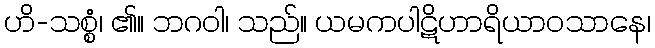
ဟိ-သစ္စံ၊ ၏။ ဘဂဝါ၊ သည်။ ယမကပါဋိဟာရိယာဝသာနေ၊